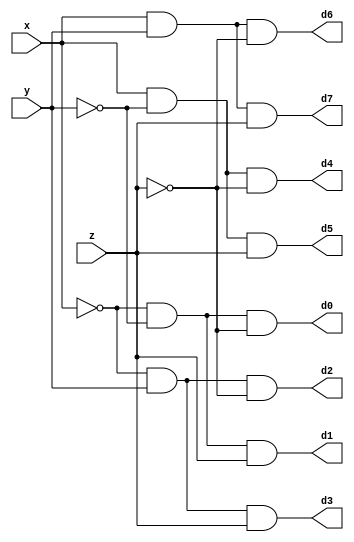
module decoder(d0,d1,d2,d3,d4,d5,d6,d7,x,y,z);
input x,y,z; 
output d0,d1,d2,d3,d4,d5,d6,d7; 
wire x0,y0,z0; 
not n1(x0,x); 
not n2(y0,y); 
not n3(z0,z); 
and a0(d0,x0,y0,z0); 
and a1(d1,x0,y0,z); 
and a2(d2,x0,y,z0); 
and a3(d3,x0,y,z); 
and a4(d4,x,y0,z0); 
and a5(d5,x,y0,z); 
and a6(d6,x,y,z0); 
and a7(d7,x,y,z); 
endmodule

module fadder(s,c,x,y,z);
input x,y,z;
output s,c;
wire d0,d1,d2,d3,d4,d5,d6,d7; 

decoder ded(d0,d1,d2,d3,d4,d5,d6,d7,x,y,z);

assign s = d1|d2|d4|d7;
assign c = d3|d5|d6|d7;

endmodule

module adder(s,cx,x,y,z); 
input [7:0] x,y;
input z;
output [7:0] s;
output cx;
//wire cout;
fadder df(s[0],c, x[0],y[0],z);
fadder df1(s[1],c1, x[1],y[1],c);
fadder df2(s[2],c2, x[2],y[2],c1);
fadder df3(s[3],c3, x[3],y[3],c2);
fadder df4(s[4],c4, x[4],y[4],c3);
fadder df5(s[5],c5, x[5],y[5],c4);
fadder df6(s[6],c6, x[6],y[6],c5);
fadder df7(s[7],cx, x[7],y[7],c6);

//assign cx = s[8];
   
endmodule

module testbench;     
reg [7:0] x,y;
reg z;     
wire [7:0]s;
wire c;     
adder ad(s,c,x,y,z);  
initial
begin
$dumpfile("8bit.vcd");
$dumpvars();
end   
initial        
$monitor(,$time,"x=%8b,y=%8b,z=%b,s=%8b,c=%b",x,y,z,s,c);     
initial        
begin        
    #0 x =  8'b00000000;//#<delay>;
	#0 y =  8'b00000001;
	#0 z =  1'b0;
	repeat(8)/*repeat the loop 8 times*/
	#8 x = x + 8'b00000001;
	#8 y = y + 8'b00000011;//8s of delay from starting //0th s
end 
endmodule 
/*initial blocks start at t=0;i.e. any statement within
initial block starts exe at t=0s. if there are multiple initial blocks, all concurrently starts at 0s. begin and end group statements if there are moe than 1, i.e. {}*/